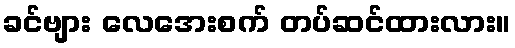
ခင်ဗျား လေအေးစက် တပ်ဆင်ထားလား။